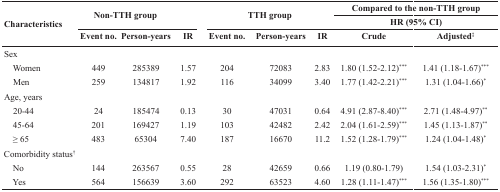
| <ROWSPAN=3> Characteristics | <ROWSPAN=2-COLSPAN=3> Non-TTH group | <ROWSPAN=2-COLSPAN=3> TTH group | <COLSPAN=2> Compared to the non-TTH group |
 | <COLSPAN=2> HR (95% CI) |
 | Event no. | Person-years | IR | Event no. | Person-years | IR | Crude | Adjusted‡ |
 | --- | --- | --- | --- | --- | --- | --- | --- | --- |
 | Sex |  |  |  |  |  |  |  |  |
 | Women | 449 | 285389 | 1.57 | 204 | 72083 | 2.83 | 1.80 (1.52-2.12)*** | 1.41 (1.18-1.67)*** |
 | Men | 259 | 134817 | 1.92 | 116 | 34099 | 3.40 | 1.77 (1.42-2.21)*** | 1.31 (1.04-1.66)* |
 | Age, years |  |  |  |  |  |  |  |  |
 | 20-44 | 24 | 185474 | 0.13 | 30 | 47031 | 0.64 | 4.91 (2.87-8.40)*** | 2.71 (1.48-4.97)** |
 | 45-64 | 201 | 169427 | 1.19 | 103 | 42482 | 2.42 | 2.04 (1.61-2.59)*** | 1.45 (1.13-1.87)** |
 | ≥ 65 | 483 | 65304 | 7.40 | 187 | 16670 | 11.2 | 1.52 (1.28-1.79)*** | 1.24 (1.04-1.48)* |
 | Comorbidity status† |  |  |  |  |  |  |  |  |
 | No | 144 | 263567 | 0.55 | 28 | 42659 | 0.66 | 1.19 (0.80-1.79) | 1.54 (1.03-2.31)* |
 | Yes | 564 | 156639 | 3.60 | 292 | 63523 | 4.60 | 1.28 (1.11-1.47)*** | 1.56 (1.35-1.80)*** |